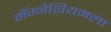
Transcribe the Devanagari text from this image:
मॅग्नेशियमला